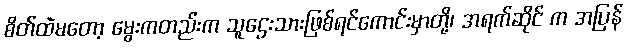
စိတ်ထဲမတော့ မွေးကတည်းက သူဌေးသားဖြစ်ရင်ကောင်းမှာတို့၊ အရက်ဆိုင် က အပြန်